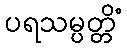
ပရသမ္ပတ္တိံ